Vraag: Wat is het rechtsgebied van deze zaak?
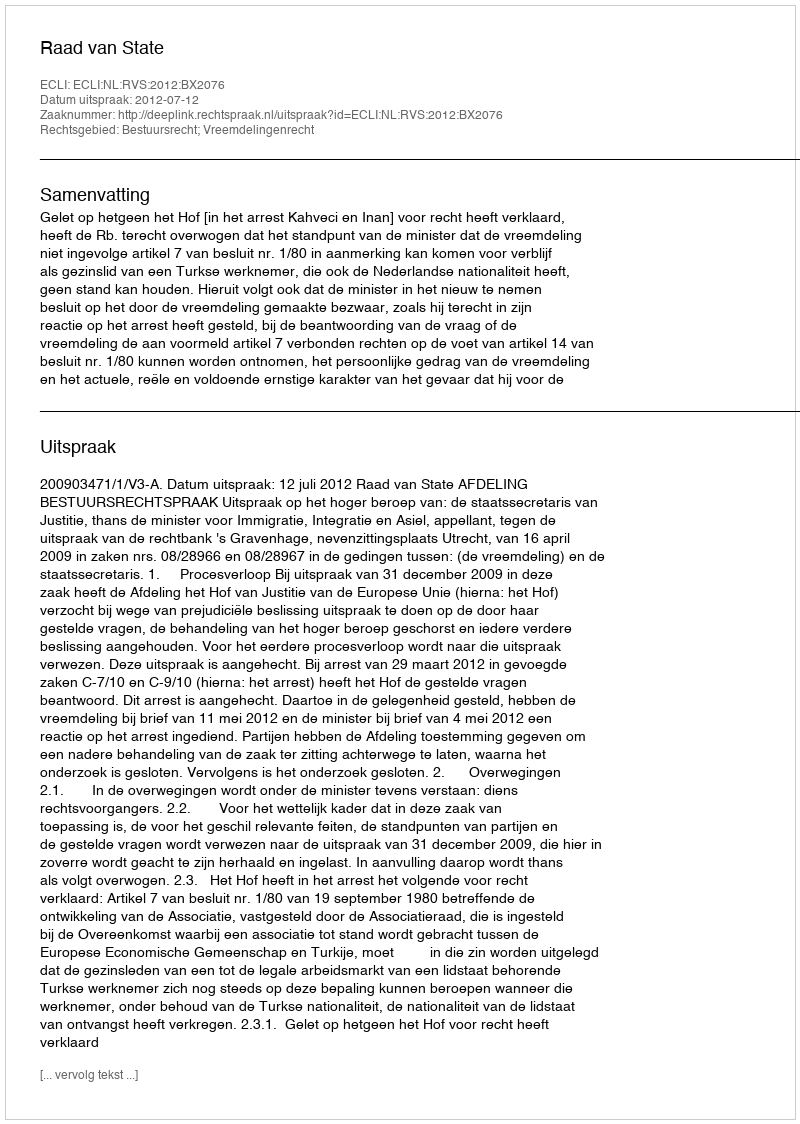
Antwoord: Bestuursrecht; Vreemdelingenrecht